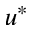
u ^ { \ast }